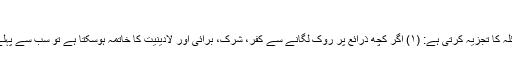
۲)سد باب:
شریعت ہر دو زاویوں سے مسئلہ کا تجزیہ کرتی ہے: (۱) اگر کچھ ذرائع پر روک لگانے سے کفر، شرک، برائی اور لادینیت کا خاتمہ ہوسکتا ہے تو سب سے پہلے ان ذرائع کو بند کیا جائے گا۔